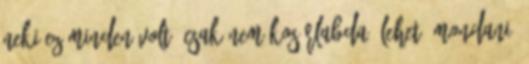
neki Ez minden volt, csak nem kosárlabda. Lehet, mondani,